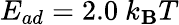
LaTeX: E_{ad}=2.0~k_{\mathbf{B}}T